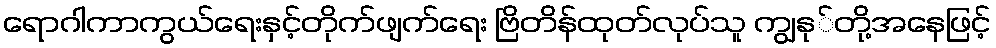
ရောဂါကာကွယ်ရေးနှင့်တိုက်ဖျက်ရေး ဗြိတိန်ထုတ်လုပ်သူ ကျွနု်တို့အနေဖြင့်